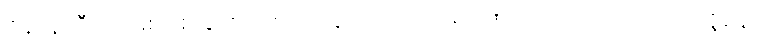
ဇနာနာဒီဟိ၊ ဖြစ်စေခြင်း အစရှိကုန်သော။ ကာရဏေဟိ၊ တို့ကြောင့်။ ပုထုဇ္ဇနော၊